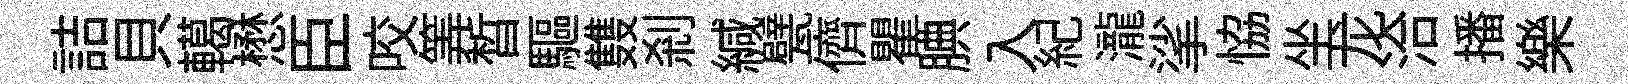
詰貝轕懋臣咬筭晳驅䨇剎緘甓儕瞿腆入紀瀧挲恊坐龙洽播樂